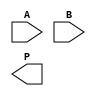
module wallace_tree_multiplier #(parameter N = 4) (
    input  [N-1:0] A,
    input  [N-1:0] B,
    output [2*N-1:0] P
);

    // Partial product generation
    wire [N-1:0] pp [0:N-1]; // Partial products
    genvar i, j;
    generate
        for (i = 0; i < N; i = i + 1) begin : pp_gen
            assign pp[i] = A & {N{B[i]}};
        end
    endgenerate

    // Wallace Tree Reduction
    wire [N-1:0] sum [0:N-1]; // Sums from CSAs
    wire [N-1:0] carry [0:N-1]; // Carries from CSAs
    wire [N-1:0] final_sum, final_carry;

    // First stage of Wallace Tree (3-to-2 CSA)
    generate
        for (i = 0; i < N; i = i + 1) begin : wallace_stage1
            if (i % 3 == 0) begin
                assign {carry[i/3], sum[i/3]} = pp[i] + pp[i+1] + pp[i+2];
            end
        end
    endgenerate

    // Second stage of Wallace Tree (3-to-2 CSA)
    generate
        for (i = 0; i < (N+2)/3; i = i + 1) begin : wallace_stage2
            if (i % 3 == 0) begin
                assign {carry[i/3], sum[i/3]} = sum[i] + sum[i+1] + sum[i+2];
            end
        end
    endgenerate

    // Final addition
    assign {final_carry, final_sum} = sum[0] + carry[0];

    // Final product output
    assign P = {final_carry, final_sum};

endmodule